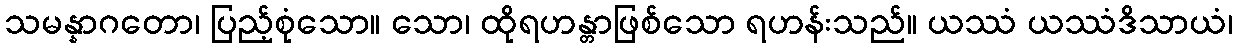
သမန္နာဂတော၊ ပြည့်စုံသော။ သော၊ ထိုရဟန္တာဖြစ်သော ရဟန်းသည်။ ယဿံ ယဿံဒိသာယံ၊